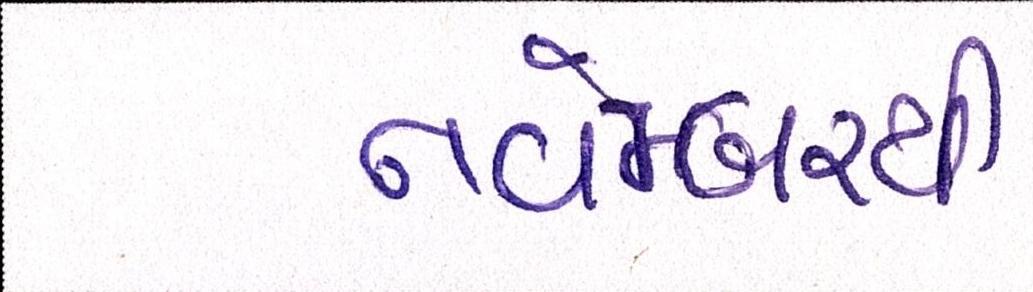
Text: નવેમ્બરથી